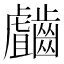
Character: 𲎥